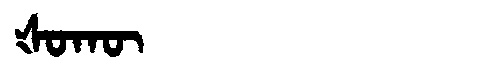
Manchu: ᡧᠣᡴᡡ
Romanization: ŠOKŪ